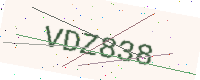
Text: VDZ838